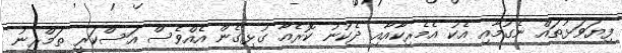
ފިޔަވަޅުތައް ނެގުމާއި އެކު އެމެރިކާއާއި ދެކުނު ކޮރެއާ ގުޅިގެން އެއްވެސް އަސްކަރީ ތަމްރީނު